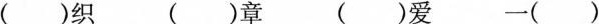
()织 ()章 ()爱 一()